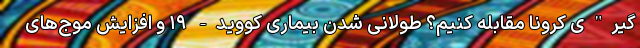
‌گیر"ی کرونا مقابله کنیم؟ طولانی شدن بیماری کووید- ۱۹ و افزایش موج‌های